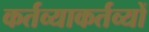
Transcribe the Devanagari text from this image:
कर्तव्याकर्तव्यों